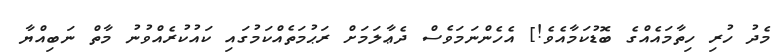
މެދު ހުރި ހިތާމައެއްގެ ބޮޑުކަމާއެވެ!] އެހެންނަމަވެސް ދެޢާލަމަށް ރަޙުމަތެއްކަމުގައި ކައުކުރެއްވުނު މާތް ނަބިއްޔާާ